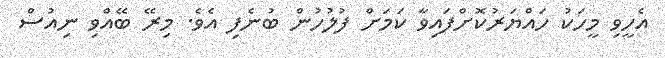
އެހީވި މީހަކު ހައްޔަރުކޮށްފައިވާ ކަމަށް ފުލުހުން ބުނެފި އެވެ. މިރޭ ބޭއްވި ނިއުސް